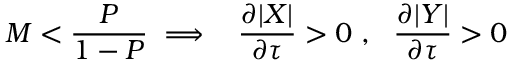
M < \frac { P } { 1 - P } \implies ~ ~ \frac { \partial | X | } { \partial \tau } > 0 ~ , ~ ~ \frac { \partial | Y | } { \partial \tau } > 0